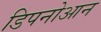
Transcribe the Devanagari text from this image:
डिपनोआन